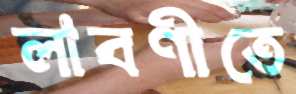
লাবণীতে